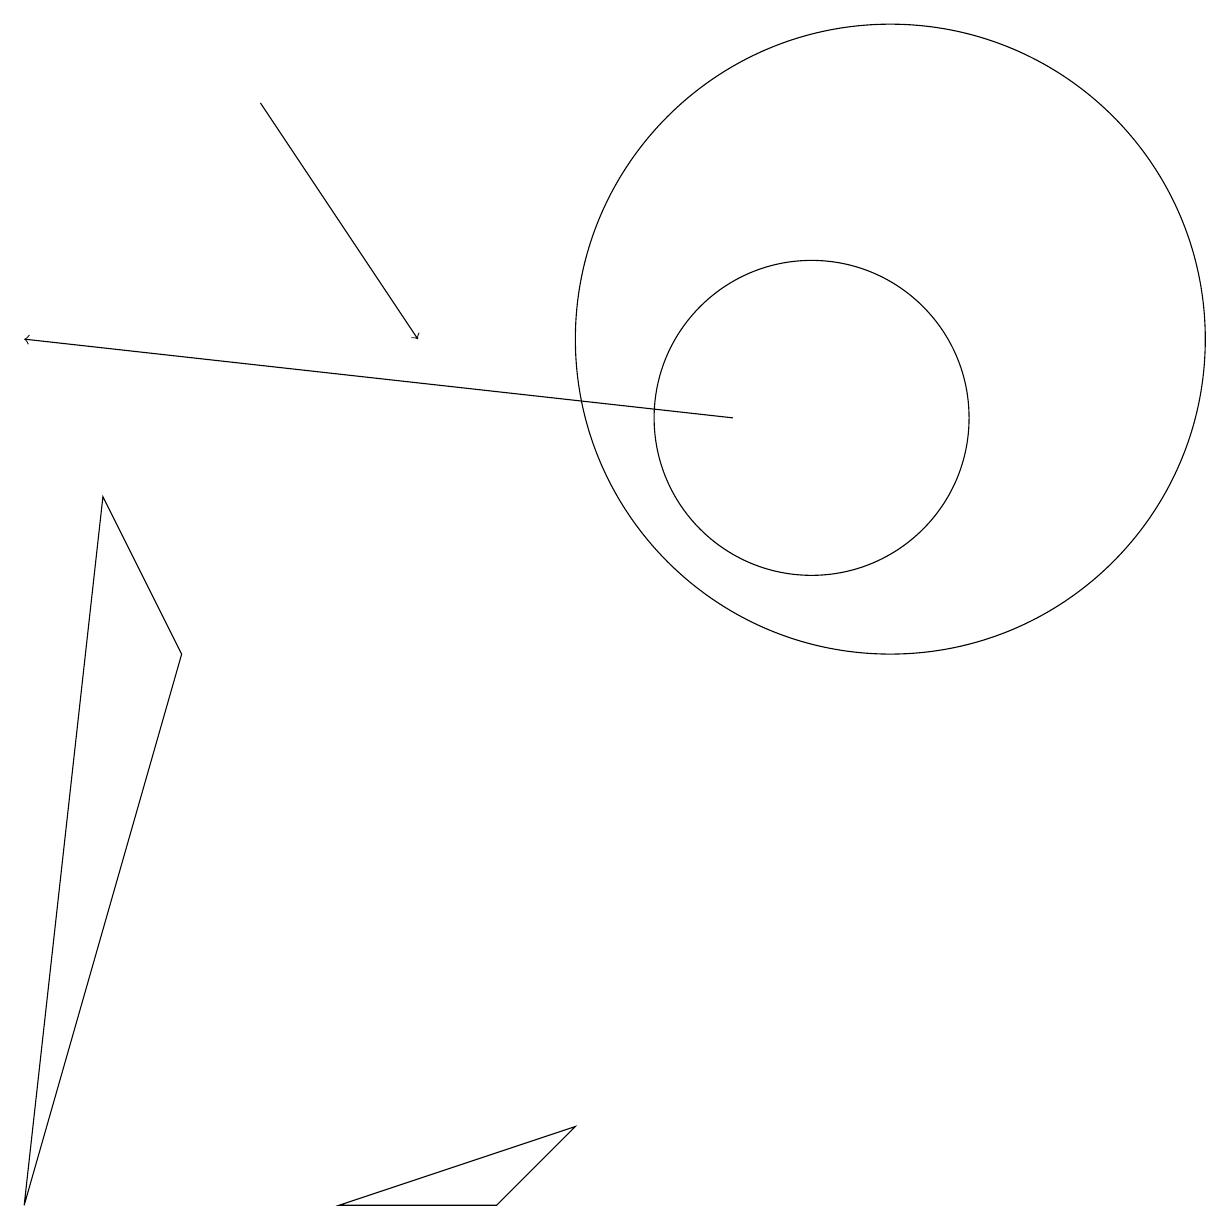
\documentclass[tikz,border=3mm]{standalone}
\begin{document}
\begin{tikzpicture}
\draw (11,11) circle (4);
\draw (2,7) -- (1,9) -- (0,0) -- cycle;
\draw (11,12) circle (0);
\draw (4,0) -- (6,0) -- (7,1) -- cycle;
\draw (10,10) circle (2);
\draw[->] (9,10) -- (0,11);
\draw[->] (3,14) -- (5,11);
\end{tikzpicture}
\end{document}